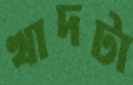
খাদটা